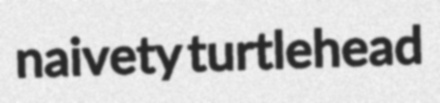
naivety turtlehead